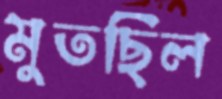
মুতছিল